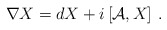
\begin{align*}\nabla X=dX+i\left[{\cal A},X\right]\,.\end{align*}